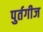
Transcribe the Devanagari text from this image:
पुर्तगीज